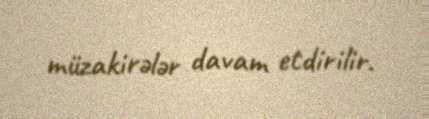
müzakirələr davam etdirilir.